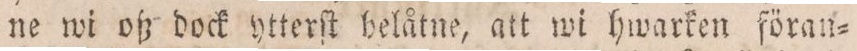
ne wi oß dock ytterſt belåtne, att wi hwarken föran=